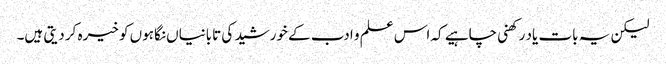
لیکن یہ بات یاد رکھنی چاہیے کہ اس علم و ادب کے خورشید کی تابانیاں نگاہوں کو خیرہ کر دیتی ہیں۔